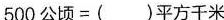
500公顷=()平方千米